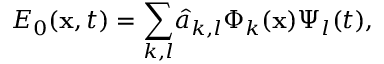
E _ { 0 } ( \mathbf { x } , t ) = { \displaystyle \sum _ { k , l } } \hat { a } _ { k , l } \Phi _ { k } ( \mathbf { x } ) \Psi _ { l } ( t ) ,